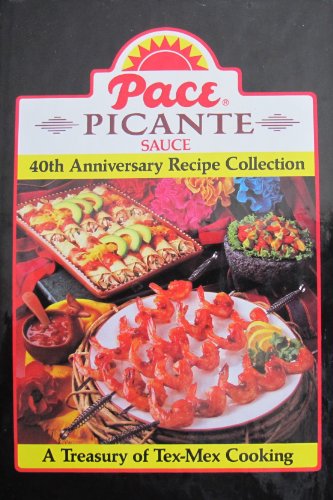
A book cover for Pace Picante Sauce: 40th Anniversary Recipe Collection; a Treasury of Tex-mex Cooking; Pace Picante; Cookbooks, Food & Wine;